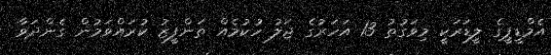
އެމްޑީޕީގެ ލީޑަރަކީ މިވަގުތު 13 އަހަރުގެ ޖަލު ހުކުމެއް ތަންފީޒު ކުރައްވަމުން ގެންދަވާ